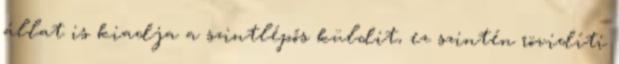
állat is kiadja a szintlépős küldit, ez szintén rövidíti